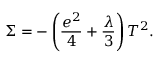
\Sigma = - \left( \frac { e ^ { 2 } } { 4 } + \frac { \lambda } { 3 } \right) T ^ { 2 } .